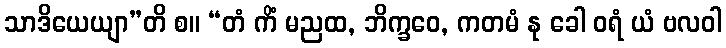
သာဒိယေယျာ”တိ စ။ “တံ ကိံ မညထ, ဘိက္ခဝေ, ကတမံ နု ခေါ ဝရံ ယံ ဗလဝါ